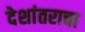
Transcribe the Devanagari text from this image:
देशांतराचा